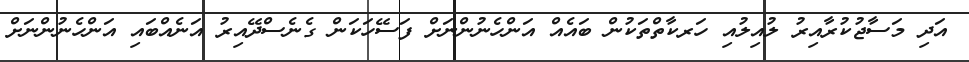
އަދި މަސާޖުކުރާއިރު ލުއިލުއި ހަރކާތްތަކުން ބައެއް އަންހެނުންނަށް ފަސޭހަކަން ގެނެސްދޭއިރު އަނެއްބައި އަންހެނުންނަށް